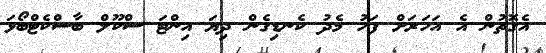
އެގޮތުން އެ އަހަރަށް ފަހު މެދު ކެނޑިގެން ދިޔަ އިންޓަ ސްކޫލް ބާސްކެޓްބޯޅަ